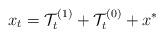
LaTeX: \begin{align*} x_t = \mathcal{T}_t^{(1)}+\mathcal{T}_t^{(0)}+{x}^* \end{align*}